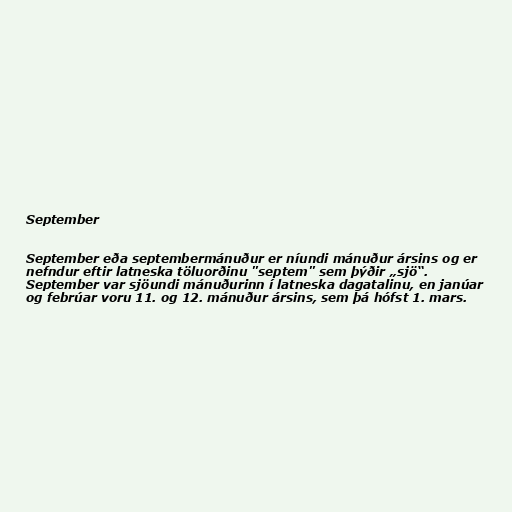
September

September eða septembermánuður er níundi mánuður ársins og er
nefndur eftir latneska töluorðinu "septem" sem þýðir „sjö“.
September var sjöundi mánuðurinn í latneska dagatalinu, en janúar
og febrúar voru 11. og 12. mánuður ársins, sem þá hófst 1. mars.